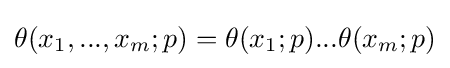
\displaystyle \theta (x_{1},...,x_{m};p)=\theta (x_{1};p)...\theta (x_{m};p)